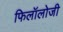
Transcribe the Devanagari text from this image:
फिलॉलोजी